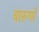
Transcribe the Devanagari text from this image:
वारुणो